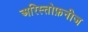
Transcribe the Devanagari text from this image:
अरिस्तोफ़नीज